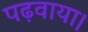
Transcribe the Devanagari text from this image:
पढ़वाया।